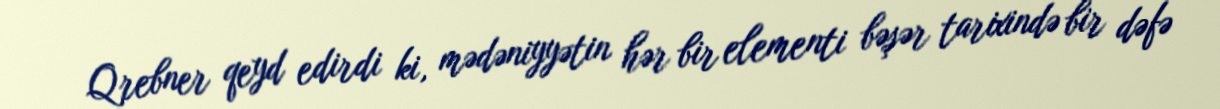
Qrebner qeyd edirdi ki, mədəniyyətin hər bir elementi bəşər tarixində bir dəfə